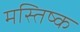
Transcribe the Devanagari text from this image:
मस्‍तिष्क